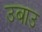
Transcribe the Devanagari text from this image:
उबाउ